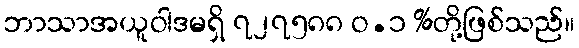
ဘာသာအယူဝါဒမရှိ ၇၂၇၅၈၈ ဝ.၁ %တို့ဖြစ်သည်။